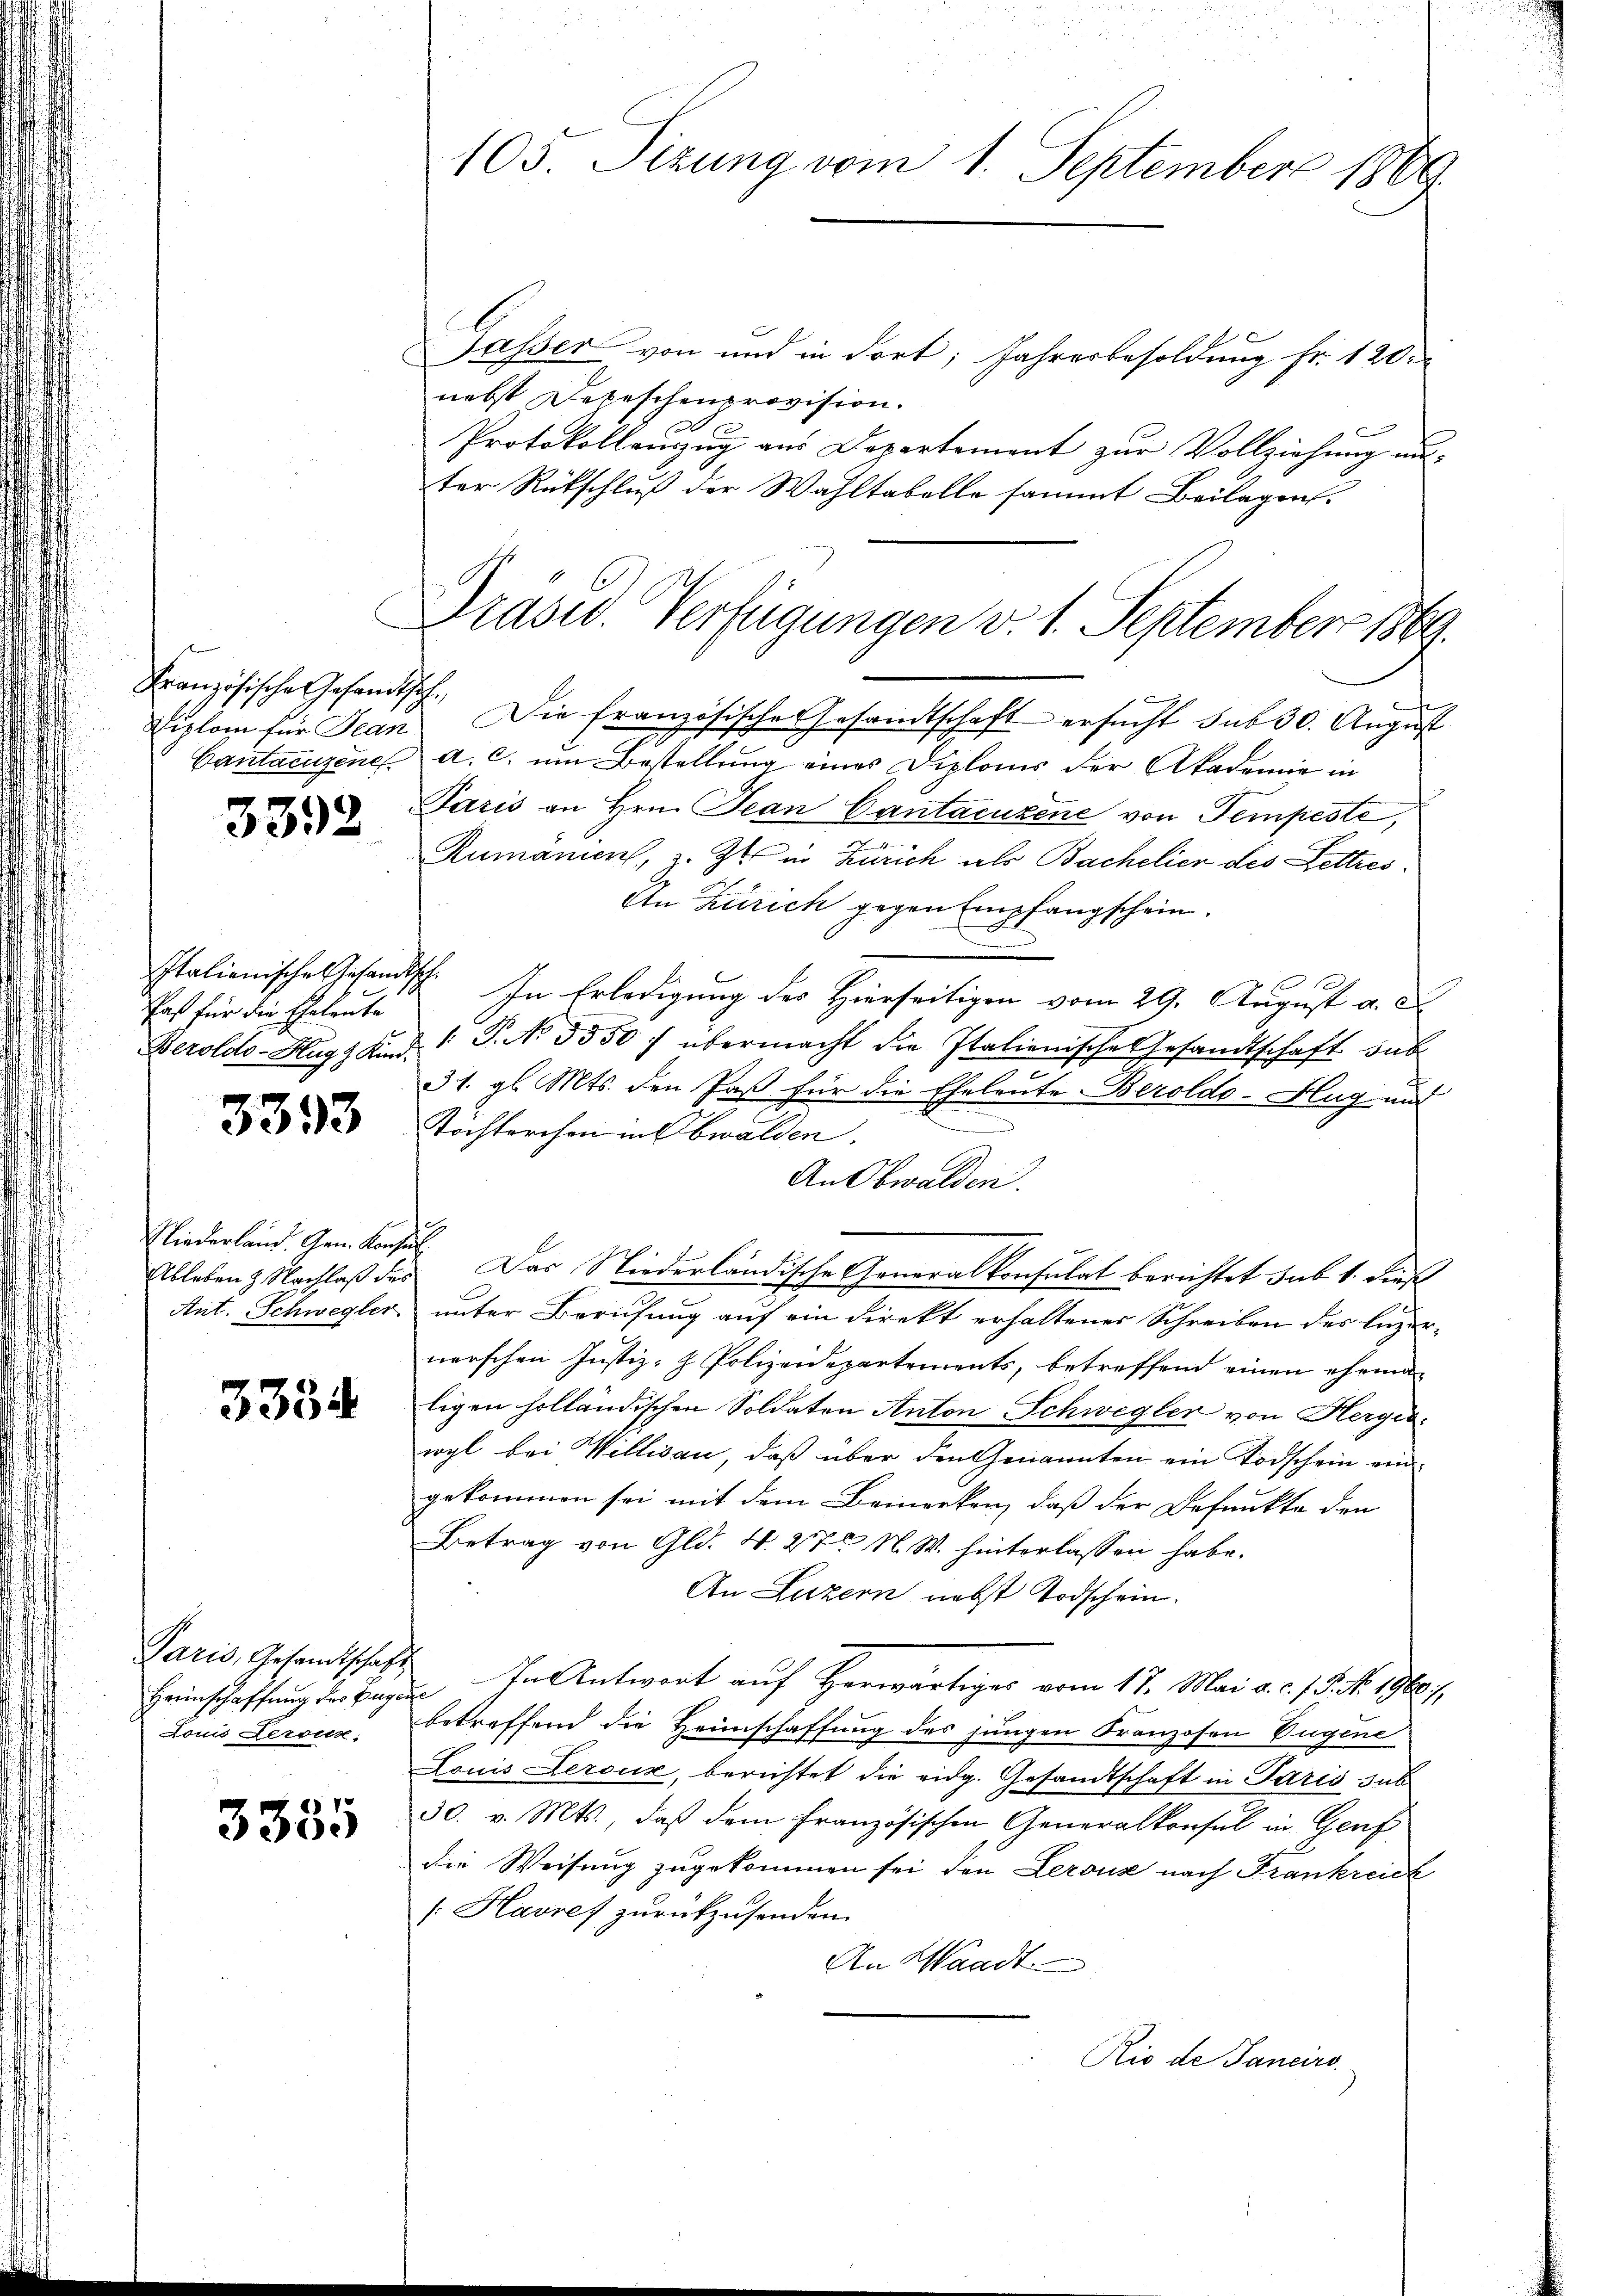
Französische Gesandt sich
Diplom für Jean

3392

Paß für die Eheleute

3393

Niederland. Gen. Konsul

3334

Paris, Gesandtschaft
Louis dersein,

3385

105. Sizung vom 1. September 1869.

Jasser von und in dort; Jahresbesoldung fr. 120.
nebst Depeschenprovision.
Protokollaŭszŭg ans Departement zŭr Vollziehŭng un-
ter Rückschluß der Wahltabelle sammt Beilagen.

Drasis. Verfügungen v. 1. September 1869.

Die französische Gesandtschaft ersucht sub 30. August
Cantacuzenes a. c. um Bestellung eines Diploms der Akademie in
Paris an Hrn. Jean Cantacuzene von Tempeste,
Rumäniert, z. Zt. in Zürich als Bachelier des Lettres
An Zürich gegen Empfangschein.
Italionische Gesandtsch. In Erledigung des Hierseitigen vom 29. August a. d
Beroldo-Hugs Kind. P. No 3550 / übermacht die Italienische Gesandtschaft sub
31. gl. Mts. den Paß für die Eheleute Beroldo-Hug und
Töchterchen in Obwalden.
An Obwalden.
Ableben & Nachlaß des Das Niederländische Generalkonsulat berichtet sub 1. Dieß
Ant. Schwegler unter Berufung auf ein Direkt erhaltener Schreiben des Luzernerschen Justiz- & Polizeidepartements, betreffend einen eheman
ligen holländischen Soldaten Anton Schwegler von Hergis
wyl bei Willisau, daß über den Genannten ein Todschein eingekommen sei mit dem Bemerken, daß der Befunkte den
Betrag von Gld. 4. 27 N.W. hinterlassen habe.
An Luzern nebst Todschein.
Heimschaffung der Bezug in Antwort auf Herwärtiges vom 17. Mai a. c. f. 5. No. 1960/
betreffend die Heimschaffung des jungen Franzosen Eugene
Louis Deroux, berichtet die eidg. Gesandtschaft in Paris sub
30. v. Mts., daß dem französischen Generalkonsul in Genf
die Weisung zugekommen sei den Lerouse nach Frankreich
Havsef zurückzusenden.
An Waadt
Rio de Janeiro